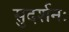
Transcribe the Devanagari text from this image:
सुदर्शनः